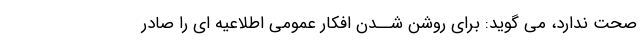
صحت ندارد، مى گوید: برای روشن شــدن افکار عمومى اطلاعیه اى را صادر